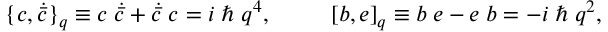
\{ c , \dot { \bar { c } } \} _ { q } \equiv c \; \dot { \bar { c } } + \dot { \bar { c } } \; c = i \; \hbar \; q ^ { 4 } , \; \qquad \; [ b , e ] _ { q } \equiv b \; e - e \; b = - i \; \hbar \; q ^ { 2 } ,